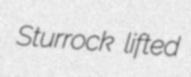
Sturrock lifted